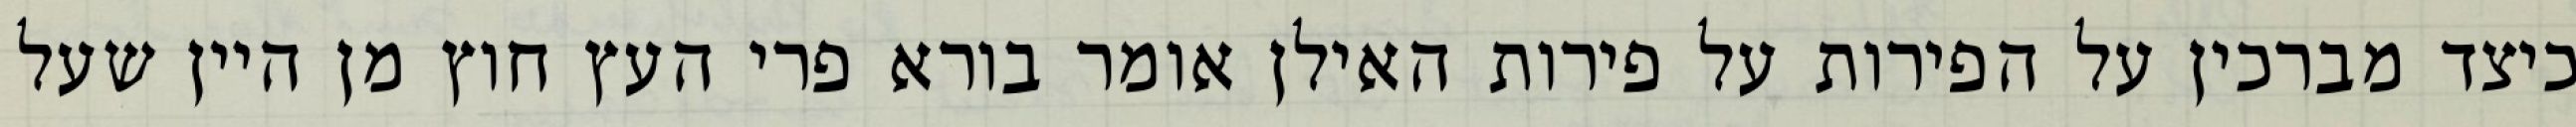
כיצד מברכין על הפירות על פירות האילן אומר בורא פרי העץ חוץ מן היין שעל